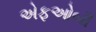
એફઓબી